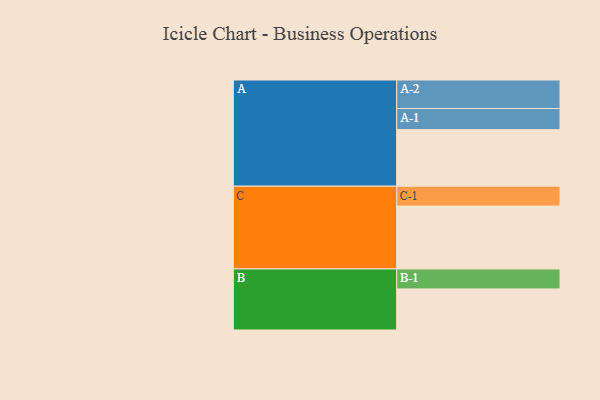
{"axis": {"x": "Segment", "y": "Value"}, "legend": ["", "A", "B", "C"], "data": [{"x": "A", "y": 492, "type": ""}, {"x": "B", "y": 357, "type": ""}, {"x": "C", "y": 547, "type": ""}, {"x": "A-1", "y": 184, "type": "A"}, {"x": "A-2", "y": 248, "type": "A"}, {"x": "B-1", "y": 174, "type": "B"}, {"x": "C-1", "y": 173, "type": "C"}]}